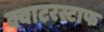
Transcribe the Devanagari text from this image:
क्वाटरस्टाफ